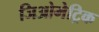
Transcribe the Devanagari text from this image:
जिओमेट्रिक